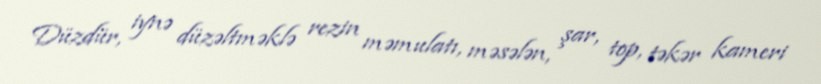
Düzdür, iynə düzəltməklə rezin məmulatı, məsələn, şar, top, təkər kameri